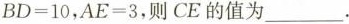
$$B D =1 0$$，$$A E = 3$$，则CE的值为 ___ .